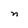
Character: n